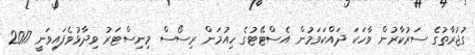
ގުޖުރާތުގެ ސަރުކާރުން ވާހަކަ ދައްކަވަމުން އެސްޓޭޓުގެ ހިއުމަން ރިސޯސް މިނިސްޓަރު ވިދާޅުވެފައިވަނީ 2017